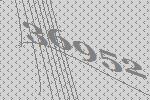
36952